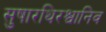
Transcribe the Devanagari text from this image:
सुषारथिरश्वानिव